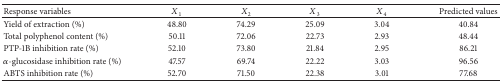
<table><thead><tr><td><b>Response variables</b></td><td><b><i>X</i><sub>1</sub></b></td><td><b><i>X</i><sub>2</sub></b></td><td><b><i>X</i><sub>3</sub></b></td><td><b><i>X</i><sub>4</sub></b></td><td><b>Predicted values</b></td></tr></thead><tbody><tr><td>Yield of extraction (%)</td><td>48.80</td><td>74.29</td><td>25.09</td><td>3.04</td><td>40.84</td></tr><tr><td>Total polyphenol content (%)</td><td>50.11</td><td>72.06</td><td>22.73</td><td>2.93</td><td>48.44</td></tr><tr><td>PTP-1B inhibition rate (%)</td><td>52.10</td><td>73.80</td><td>21.84</td><td>2.95</td><td>86.21</td></tr><tr><td><i>α</i>-glucosidase inhibition rate (%)</td><td>47.57</td><td>69.74</td><td>22.22</td><td>3.03</td><td>96.56</td></tr><tr><td>ABTS inhibition rate (%)</td><td>52.70</td><td>71.50</td><td>22.38</td><td>3.01</td><td>77.68</td></tr></tbody></table>